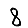
Digit: 8